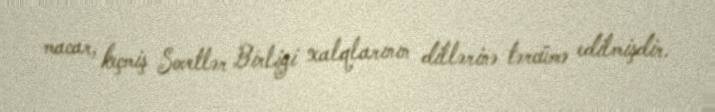
macar, keçmiş Sovetlər Birliyi xalqlarının dillərinə tərcümə edilmişdir.